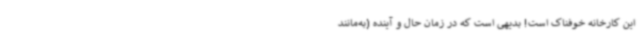
این کارخانه خوفناک است! بدیهی است که در زمان حال و آینده (به‌مانند